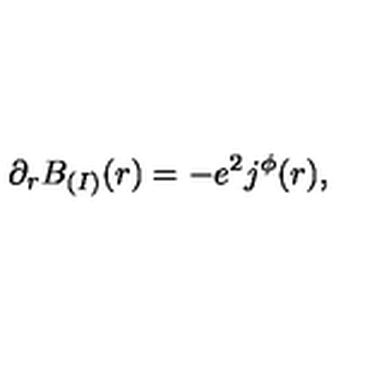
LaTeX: \partial _ { r } B _ { ( I ) } ( r ) = - e ^ { 2 } j ^ { \phi } ( r ) ,